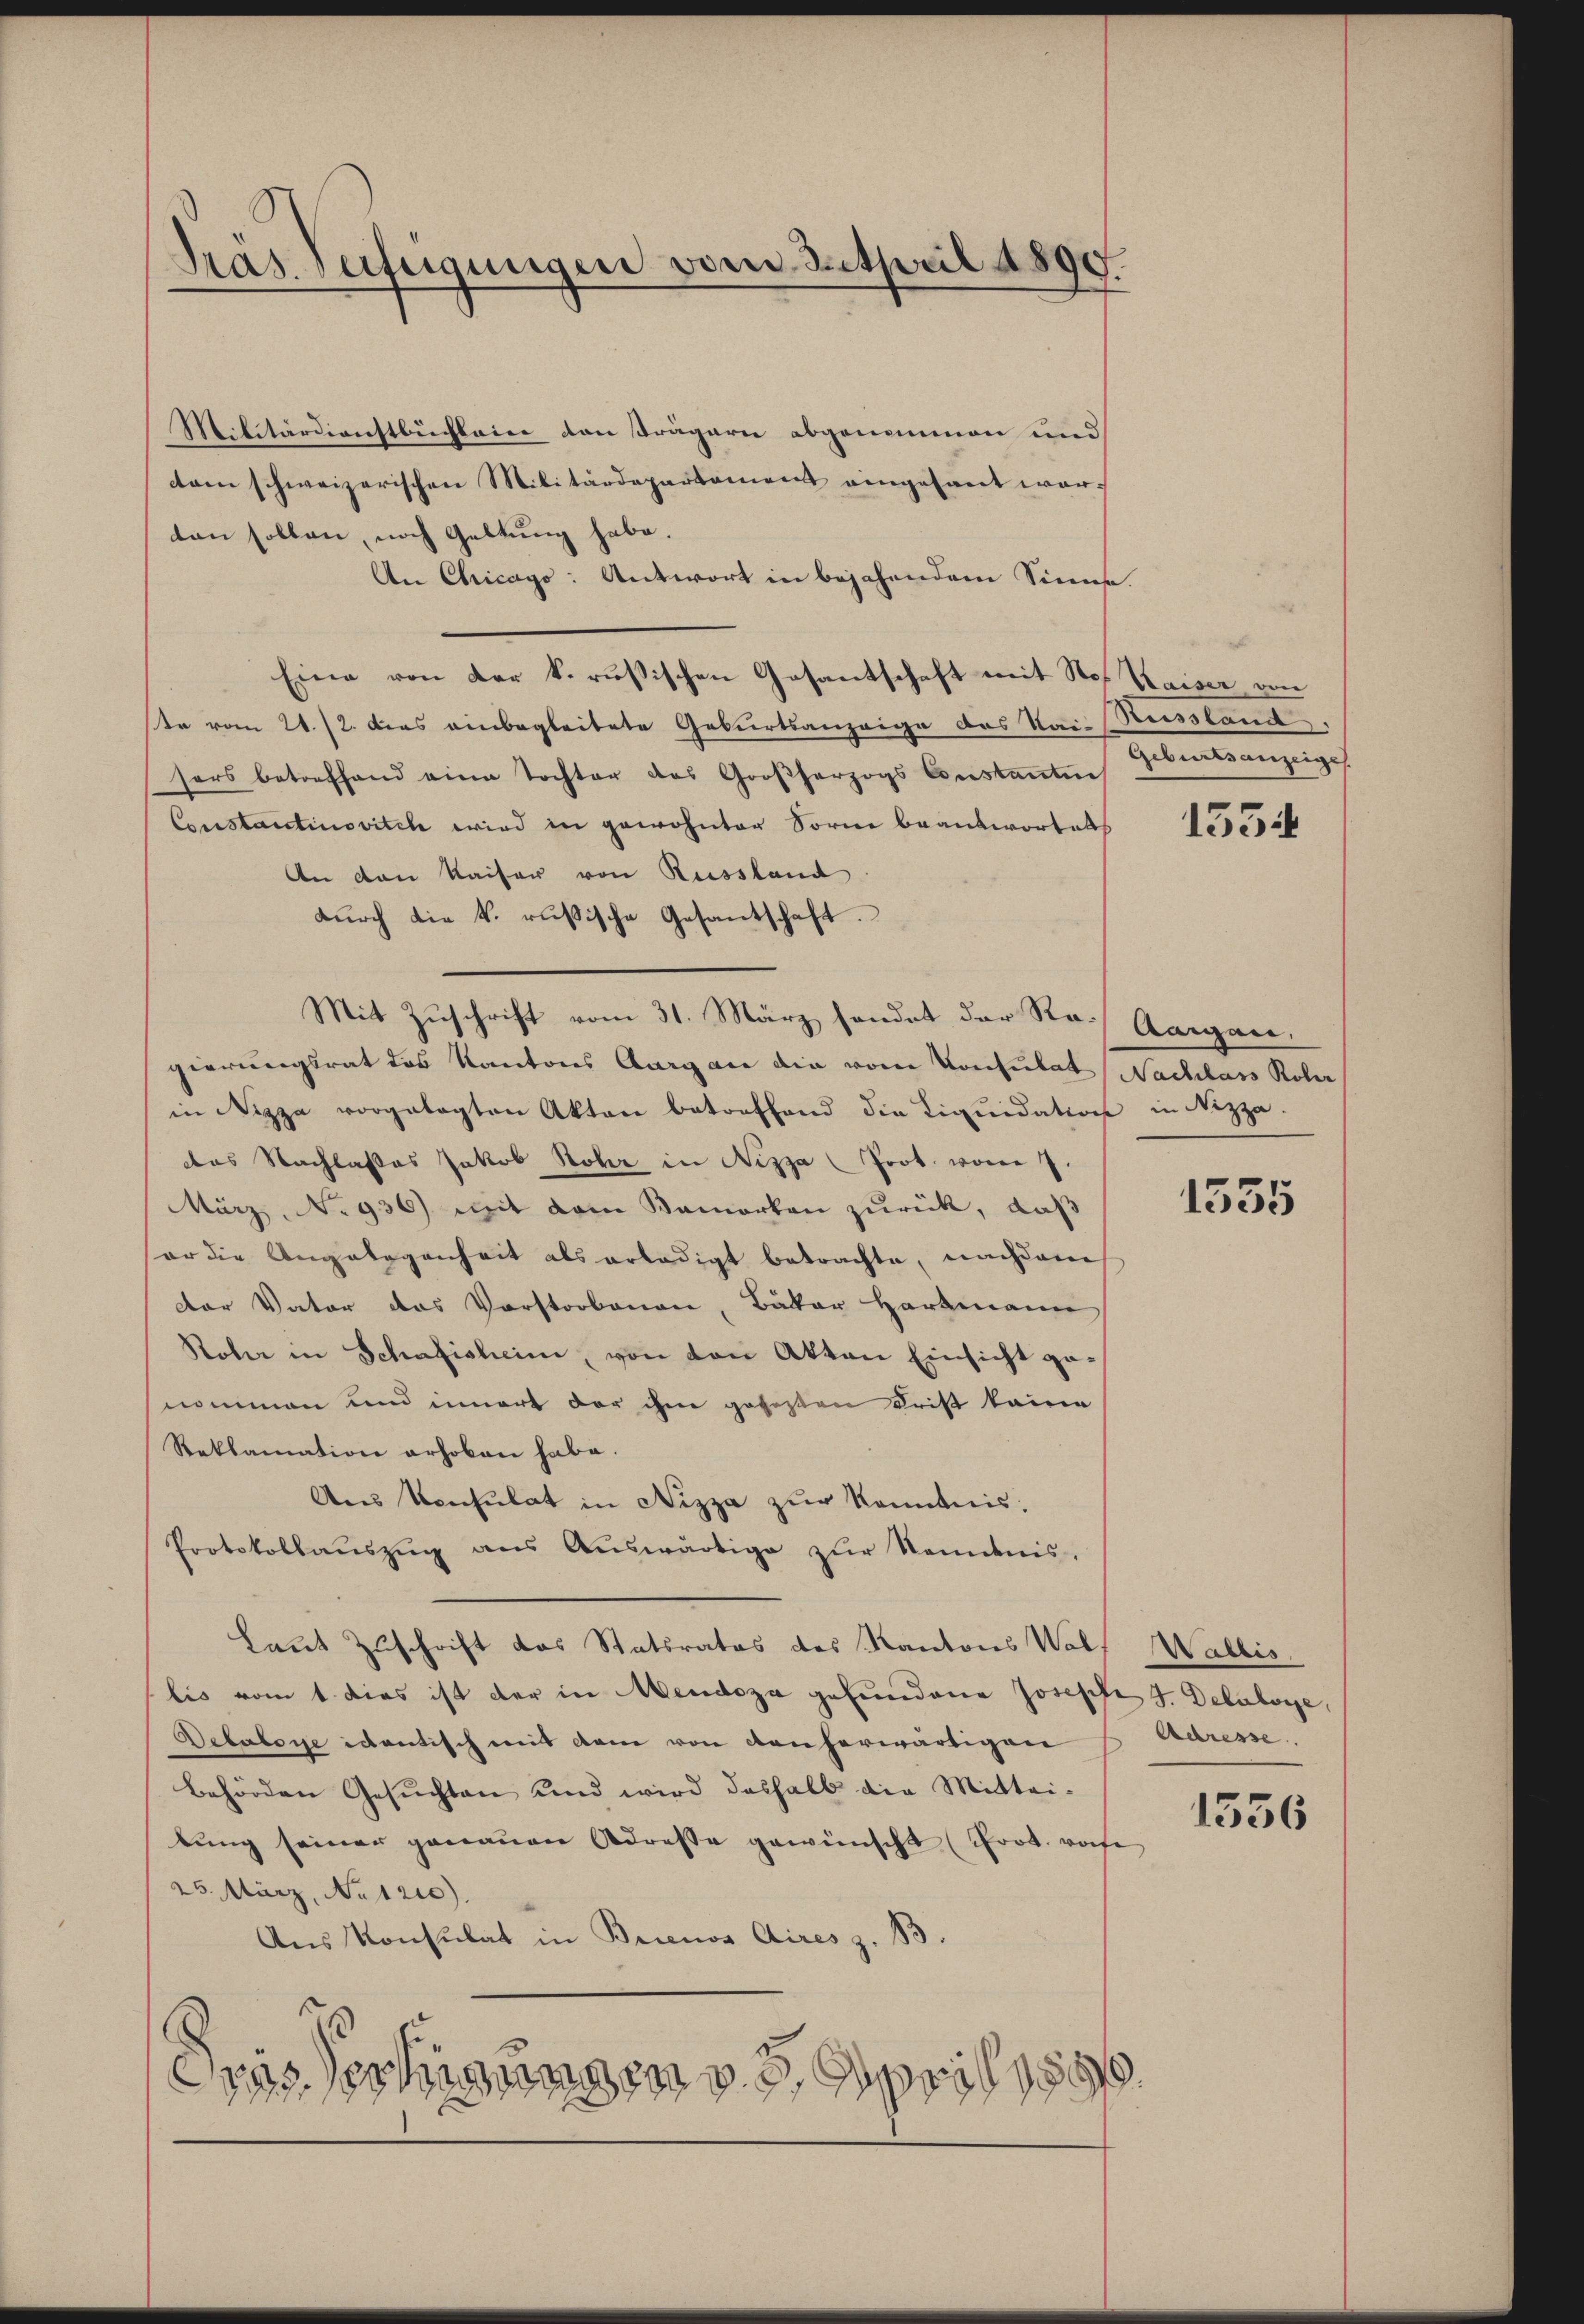
Träs. Zufeigungen vom Intsweil 1890.

Militärdienstbüchlein den Trägern abgenommen und
ctam schweizerischen Militärdepartement eingesant worten sollen, noch Geltung habe.
An Chicago: Antwort in bejahendem Sinne.
Eine von der k. russischen Gesantschaft mit Stof Kaiser von
ste vom 21./2. das einbegleitete Geburtsanzeige des Rai-Perssland.
sers betreffend eine Tochter des Großherzogs Constantie
Constantinovitch wird in gewohnter Sorne beantwortet
An den Kaiser von Russland
dŭrch die k. russische Gesantschaft.
Mit Zuschrift vom 31. März handet der Ro. Aargau.
gierungsrat das Kantons Aargau die von Konsulat Nachlass Rober
in Nizza vorgelegten Akten betreffend die Liquidation in Nizza.
das Nachlasses Jakob Rohr in Nizza (Prot. vom 7.
März, No 936) mit vom Samortan zurück, daß
sor die Angelegenheit als erledigt betrachte, nachdem
der Vater das Vorstorbenen, Bäker Hartmann
Rober in Schafisheim, von den Akten Einsicht genommen und innert der ihm geseßen Frist keine
Reklamation erhoben habe.
Ans Konsulat in Nizza zur Kenntnis:
Protokollaŭszŭg aŭs Aŭswärtige zŭr Neidnis.
Laut Zuschrift das Statsrates des Kantons Wolf Wallis.
bis vom 1. dies ist der in Mendoza gefundene Joseph J. Detaloge,
Debatone identisch mit dem von den herwärtigen
behörden Gesuchten und wird deshalb die Mittei-
lŭng seiner genauen Adresse gewünscht (Prot. wofe
25. März, No 1210).
Aus Konsulat in Brienos Aires z. B.
rasserungen 3 April 1890.

Geburtsanzeige

1534

1555

Adresse.

1356